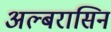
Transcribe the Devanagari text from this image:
अल्बरासिन